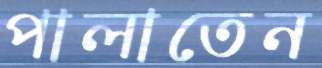
পালাতেন